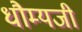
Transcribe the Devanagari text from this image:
धौम्यजी